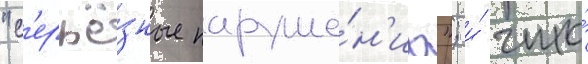
"с'ерьё́зные наруше́н'иа"; и́ что́